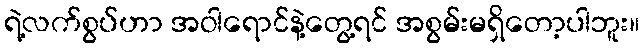
ရဲ့လက်စွပ်ဟာ အဝါရောင်နဲ့တွေ့ရင် အစွမ်းမရှိတော့ပါဘူး။